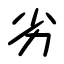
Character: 劣